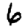
Digit: 6